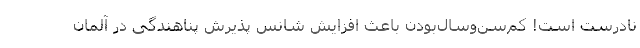
نادرست است! کم‌سن‌وسال‌بودن باعث افزایش شانس پذیرش پناهندگی در آلمان